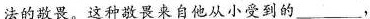
法的敬畏。这种敬畏来自他从小受到的___，